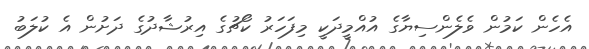
އެހެން ކަމުން ވެލެންސިޔާގެ އުއްމީދަކީ މިފަހަރު ކޯޗުގެ އިރުޝާދުގެ ދަށުން އެ ކުލަބު